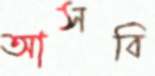
আসবি